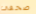
صحفى